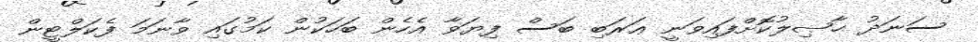
ސަނަދު ޙާޞިލުކޮށްފައިވަނީ ޢަރަބި ބަސް ފިޔަވާ އެހެން ބަހަކުން ކަމުގައި ވާނަމަ ފެކަލްޓީން